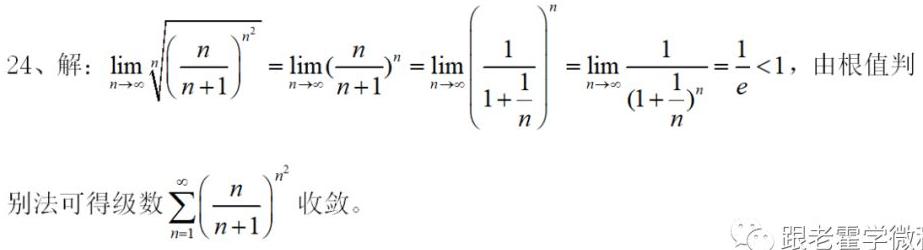
24、解：\(\lim_{n \to \infty} \sqrt[n]{\left(\frac{n}{n + 1}\right)^{n^2}} = \lim_{n \to \infty} \left(\frac{n}{n + 1}\right)^{n} = \lim_{n \to \infty} \left(\frac{1}{1 + \frac{1}{n}}\right)^{n} = \lim_{n \to \infty} \frac{1}{(1 + \frac{1}{n})^{n}} = \frac{1}{e} < 1\)，由根值判别法可得级数\(\sum_{n = 1}^{\infty} \left(\frac{n}{n + 1}\right)^{n^2}\)收敛。